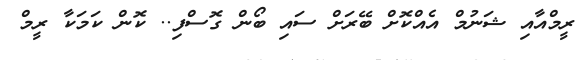
ރީމްއާއި ޝަނުމް އެއްކޮށް ބޭރަށް ސައި ބޯން ގޮސްފި.. ކޮން ކަމަކާ ރީމް